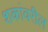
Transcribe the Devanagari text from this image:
शकांवरील